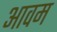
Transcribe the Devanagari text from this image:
आवम